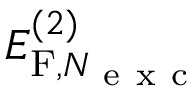
E _ { \mathrm { F } , N _ { \mathrm { ~ e ~ x ~ c ~ } } } ^ { ( 2 ) }